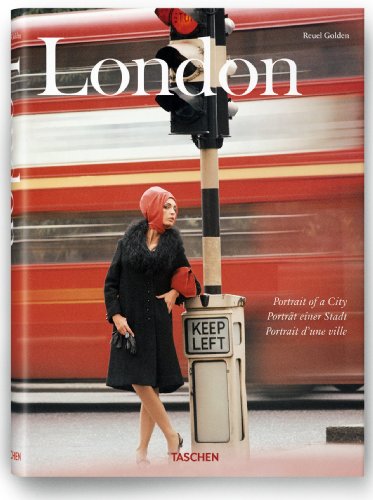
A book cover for London: Portrait of a City; Arts & Photography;